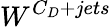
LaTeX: W^{C_{D}+jets}